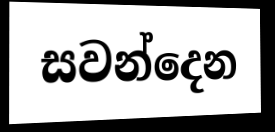
සවන්දෙන